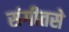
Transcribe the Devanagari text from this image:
संगीतसे